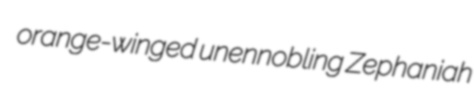
orange-winged unennobling Zephaniah